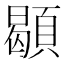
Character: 䫘